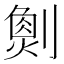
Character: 𠟮